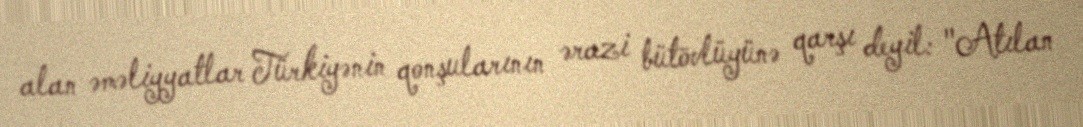
alan əməliyyatlar Türkiyənin qonşularının ərazi bütövlüyünə qarşı deyil: "Atılan